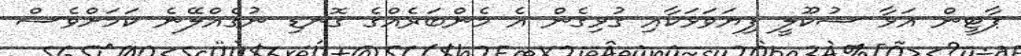
ޕާޓީން އަޅާ ސުކޫލީ ފިޔަވަޅަކާއި ގުޅިގެން އެ މެންބަރެއްގެ ގޮނޑި ނުގެއްލޭނެ ކަމަށްވެސް